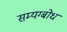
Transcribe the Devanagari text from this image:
सम्यग्बोध